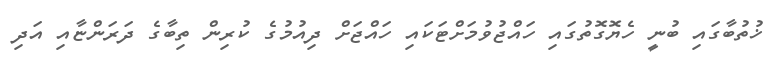
ޚުތުބާގައި ބުނީ ހެޔޮގޮތުގައި ހައްޖުވުމަށްޓަކައި ހައްޖަށް ދިިއުމުގެ ކުރިން ތިބާގެ ދަރަންޏާއި އަދި